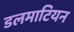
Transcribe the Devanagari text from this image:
डलमाटियन